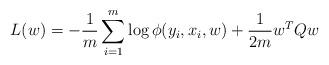
LaTeX: \begin{align*}L(w) = -\frac{1}{m}\sum_{i=1}^m \log \phi(y_i, x_i, w) + \frac{1}{2m} w^TQw\end{align*}